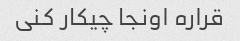
قراره اونجا چیکار کنی